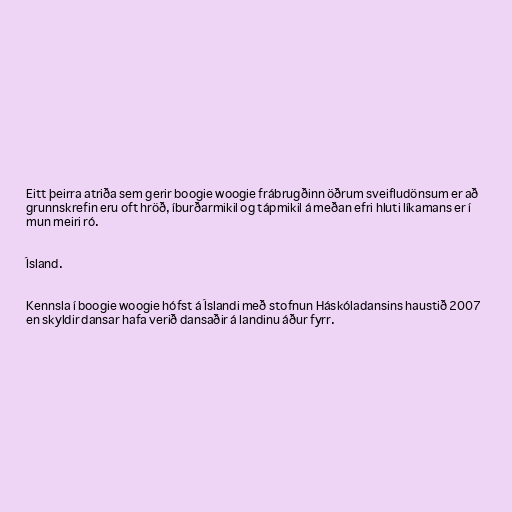
Eitt þeirra atriða sem gerir boogie woogie frábrugðinn öðrum sveifludönsum er að
grunnskrefin eru oft hröð, íburðarmikil og tápmikil á meðan efri hluti líkamans er í
mun meiri ró.

Ísland.

Kennsla í boogie woogie hófst á Íslandi með stofnun Háskóladansins haustið 2007
en skyldir dansar hafa verið dansaðir á landinu áður fyrr.